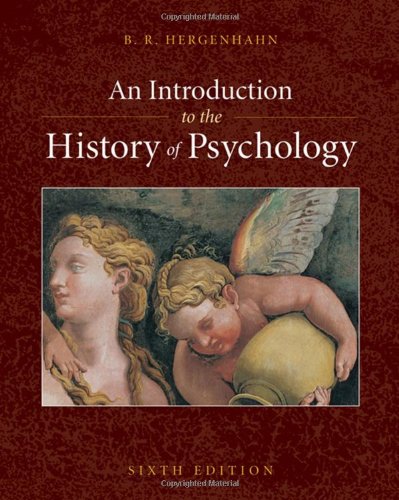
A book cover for An Introduction to the History of Psychology (PSY 310 History and Systems of Psychology); B. R. Hergenhahn; Health, Fitness & Dieting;